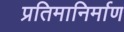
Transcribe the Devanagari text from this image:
प्रतिमानिर्माण